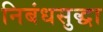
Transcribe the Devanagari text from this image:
निबंधसुद्धा